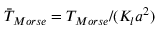
\bar { T } _ { M o r s e } = T _ { M o r s e } / ( K _ { l } a ^ { 2 } )